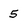
Character: 5